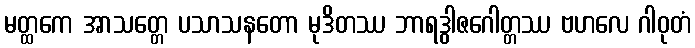
မတ္ထကေ အာသတ္တေ ပသာသနတော မုဒိတဿ ဘာရဒွါဇဂေါတ္တဿ ဗဟလေ ဂါဝုတံ